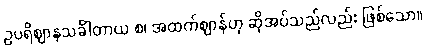
ဥပရိဈာနသင်္ခါတာယ စ၊ အထက်ဈာန်ဟု ဆိုအပ်သည်လည်း ဖြစ်သော။